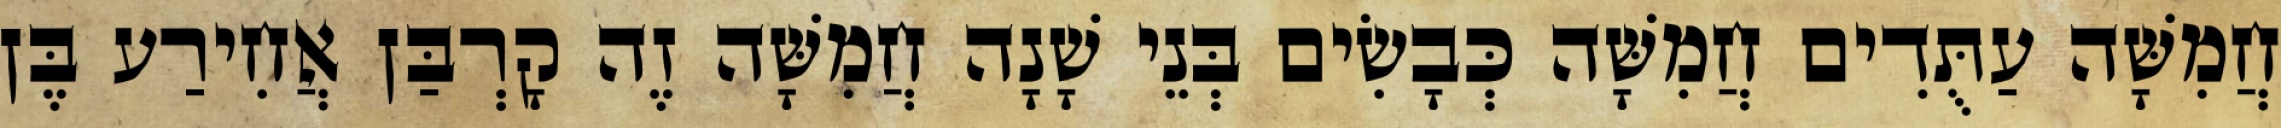
חֲמִשָּׁה עַתֻּדִים חֲמִשָּׁה כְּבָשִׂים בְּנֵי שָׁנָה חֲמִשָּׁה זֶה קָרְבַּן אֲחִירַע בֶּן